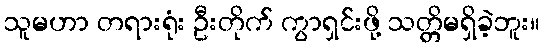
သူမဟာ တရားရုံး ဦးတိုက် ကွာရှင်းဖို့ သတ္တိမရှိခဲ့ဘူး။